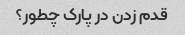
قدم زدن در پارک چطور؟